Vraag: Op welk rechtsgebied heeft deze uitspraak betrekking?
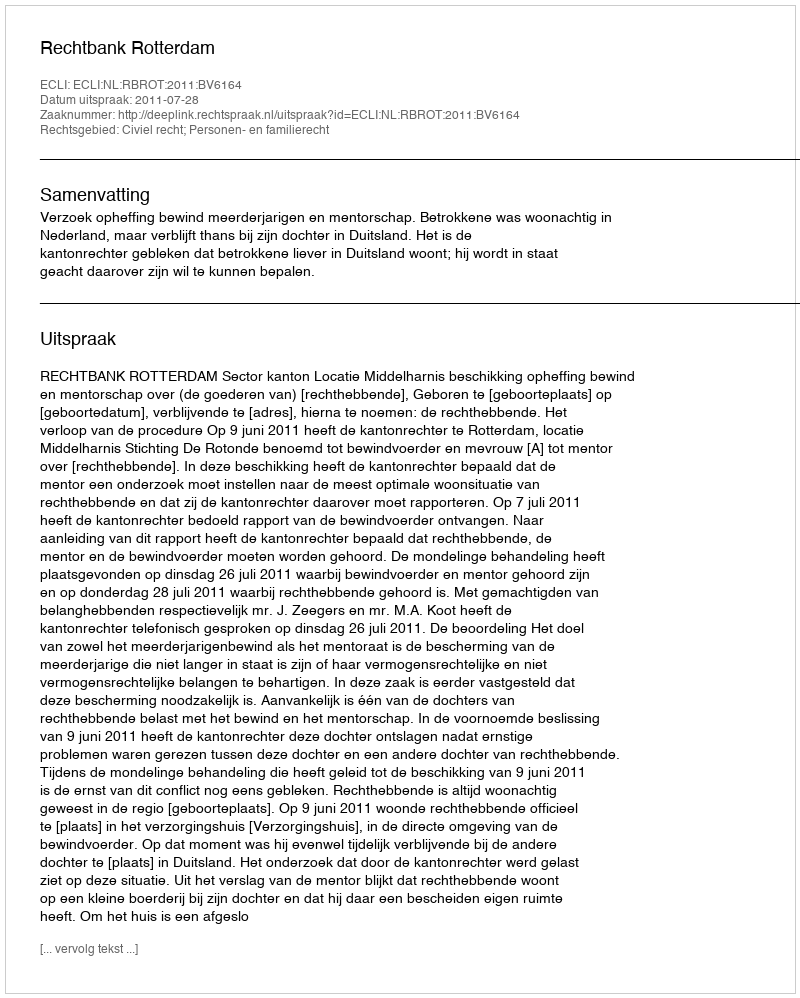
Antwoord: Civiel recht; Personen- en familierecht